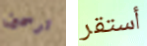
ترسمين أستقر